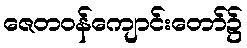
ဇေတဝန်ကျောင်းတော်၌